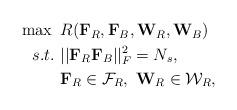
LaTeX: \begin{align*}\begin{aligned} \max~& R(\mathbf{F}_R, \mathbf{F}_B, \mathbf{W}_R, \mathbf{W}_B) \\ s.t.~& ||\mathbf{F}_R\mathbf{F}_B||_F^2 = N_s, \\ & \mathbf{F}_R \in \mathcal{F}_R,~\mathbf{W}_R \in \mathcal{W}_R,\end{aligned}\end{align*}